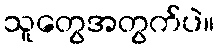
သူတွေအတွက်ပဲ။